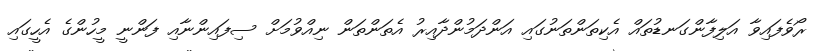
ރޯވެފައިވާ އަލިފާންގަނޑުތައް އެކިތަންތަނުގައި އަންދަމުންދާއިރު އެތަންތަން ނިއްވުމަށް ސިފައިންނާއި ފަންނީ މީހުންގެ އެހީގައި